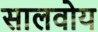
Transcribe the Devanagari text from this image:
सालवोय